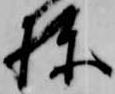
棟